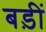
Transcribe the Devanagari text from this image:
बड़ीं